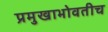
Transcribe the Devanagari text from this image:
प्रमुखाभोवतीच